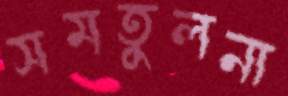
সমতুলনা